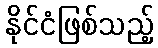
နိုင်ငံဖြစ်သည့်